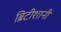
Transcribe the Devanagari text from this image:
ब्रिटीशानी